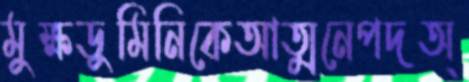
মুক্ষডুমিনিকেআত্মনেপদঅ্